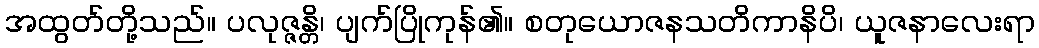
အထွတ်တို့သည်။ ပလုဇ္ဇန္တိ၊ ပျက်ပြိုကုန်၏။ စတုယောဇနသတိကာနိပိ၊ ယူဇနာလေးရာ